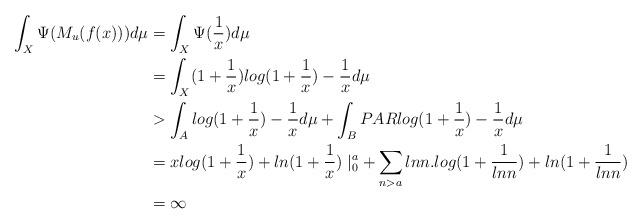
LaTeX: \begin{align*}\int_X\Psi(M_u(f(x)))d\mu&=\int_X\Psi(\frac{1}{x})d\mu\\&=\int_X(1+\frac{1}{x})log(1+\frac{1}{x})-\frac{1}{x}d\mu \\&>\int_A log(1+\frac{1}{x})-\frac{1}{x}d\mu+\int_BPAR log(1+\frac{1}{x})-\frac{1}{x}d\mu\\&=xlog(1+\frac{1}{x})+ln(1+\frac{1}{x})\mid_0^{a}+\sum\limits_{n>a}lnn.log(1+\frac{1}{lnn})+ln(1+\frac{1}{lnn})\\&=\infty\end{align*}